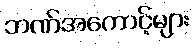
ဘဏ်အကောင့်များ